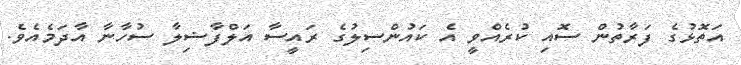
އަތޮޅުގެ ފަރާތުން ސޮއި ކުރެއްވީ އެ ކައުންސިލުގެ ރައީސާ އަލްފާޟިލާ ސުހާނާ އާދަމެއެވެ.